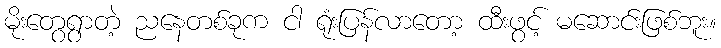
မိုးတွေရွာတဲ့ ညနေတစ်ခုက ငါ ရုံးပြန်လာတော့ ထီးဖွင့် မဆောင်းဖြစ်ဘူး။